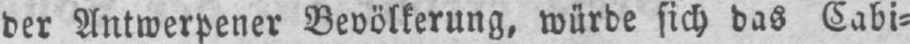
der Antwerpener Bevölkerung, würde sich das Cabi⸗